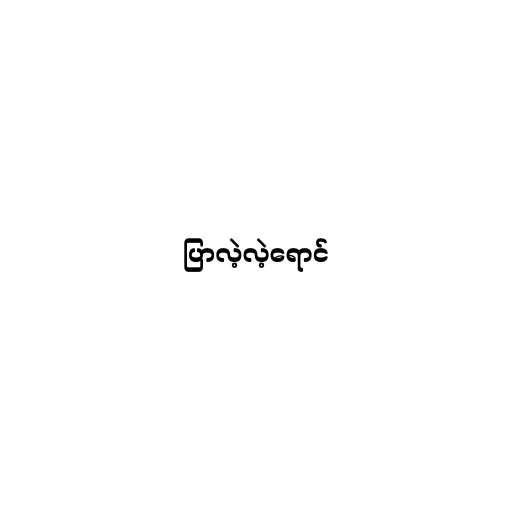
ပြာလဲ့လဲ့ရောင်